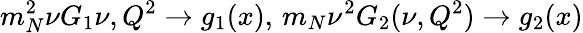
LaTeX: m_{N}^{2}\nu G_{1}{\nu,Q^{2}}\rightarrow g_{1}(x),\, m_{N}\nu^{2}G_{2}(\nu,Q^{2})\rightarrow g_{2}(x)